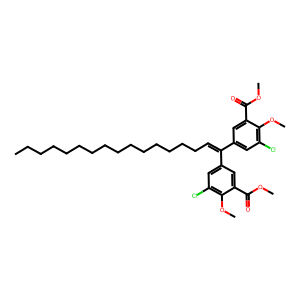
SMILES: CCCCCCCCCCCCCCCC=C(c1cc(Cl)c(OC)c(C(=O)OC)c1)c1cc(Cl)c(OC)c(C(=O)OC)c1
Inhibits HIV replication: No